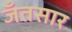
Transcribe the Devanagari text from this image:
जँतसार